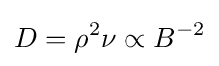
D=\rho ^{2}\nu \propto B^{-2}